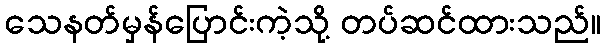
သေနတ်မှန်ပြောင်းကဲ့သို့ တပ်ဆင်ထားသည်။